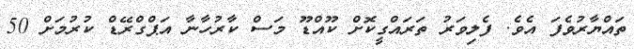
ތައްޔާރުވެފަ އެވެ. ފެލިވަރު ތަރައްގީކޮށް ކޫއްޑޫ މަސް ކާރުހާނާ އަޕްގްރޭޑް ކުރުމަށް 50